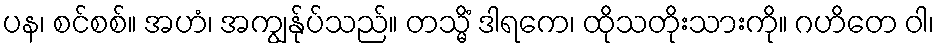
ပန၊ စင်စစ်။ အဟံ၊ အကျွန်ုပ်သည်။ တသ္မိံ ဒါရကေ၊ ထိုသတိုးသားကို။ ဂဟိတေ ဝါ၊